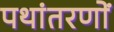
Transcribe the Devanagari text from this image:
पथांतरणों